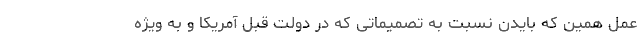
عمل همین که بایدن نسبت به تصمیماتی که در دولت قبل آمریکا و به ویژه